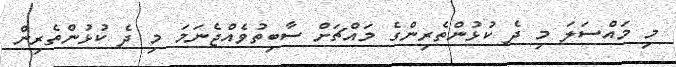
މި މައްސަލަ މި ދެ ކުޅުންތެރިންގެ މައްޗަށް ސާބިތުވެއްޖެނަމަ މި ދެ ކުޅުންތެރިން